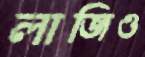
লাজিও